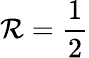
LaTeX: \mathcal{R}={\frac{{1}}{{2}}}